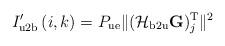
LaTeX: \begin{align*}I'_{\mathrm{u2b}} \left( i, k \right) = P_{\mathrm{ue}} \|(\mathcal{H}_{\mathrm{b2u}} \mathbf{G})^\mathrm{T}_j \|^{2} \end{align*}